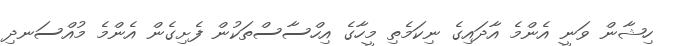
ހިޝާން ވަނީ އެންމެ އާދައިގެ ނިކަމެތި މީހާގެ އިހްސާސްތަކުން ފެށިގެން އެންމެ މުއްސަނދި